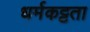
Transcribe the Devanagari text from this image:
धर्मकट्टता